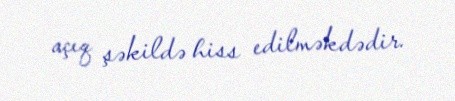
açıq şəkildə hiss edilməkdədir.